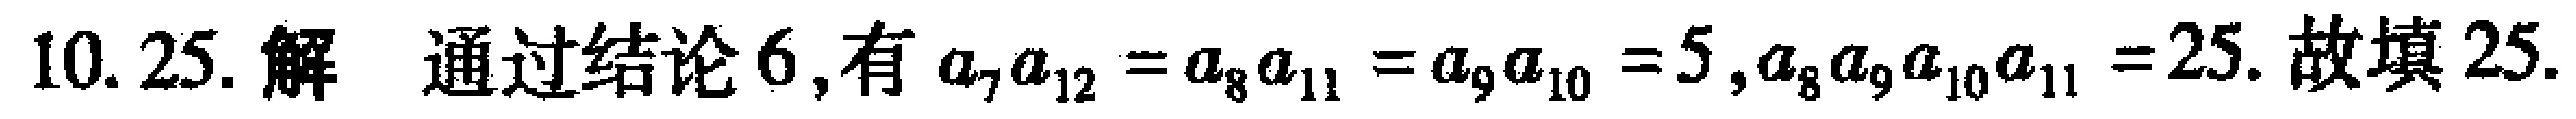
10. 25. 解 通过结论6,有 \(a_{7}a_{12}=a_{8}a_{11}=a_{9}a_{10}=5,a_{8}a_{9}a_{10}a_{11}=25\). 故填25.